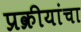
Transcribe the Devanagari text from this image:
प्रक्रीयांचा